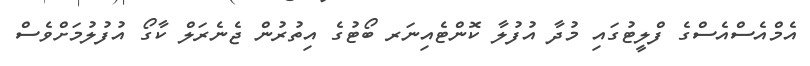
އެމްއެސްއެސްގެ ފްލީޓުގައި މުދާ އުފުލާ ކޮންޓެއިނަރ ބޯޓުގެ އިތުރުން ޖެނެރަލް ކާގޯ އުފުލުމަށްވެސް